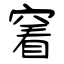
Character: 窅